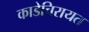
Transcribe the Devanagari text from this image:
काडेचिरायत